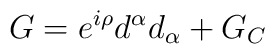
G = e^{i\rho}d^{\alpha}d_{\alpha} + G_{C}